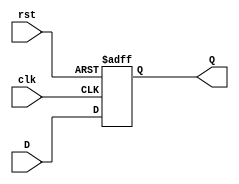
module stage_register #(
    parameter WIDTH = 8  // Parameter for data width, default is 8 bits
)(
    input wire clk,      // Clock input
    input wire rst,      // Reset input
    input wire [WIDTH-1:0] D, // Data input
    output reg [WIDTH-1:0] Q   // Data output
);

// Always block for synchronous reset and data capture
always @(posedge clk or posedge rst) begin
    if (rst) begin
        Q <= {WIDTH{1'b0}}; // Reset Q to 0
    end else begin
        Q <= D; // Capture data on the rising edge of the clock
    end
end

endmodule